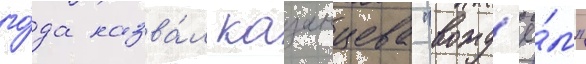
го́да назва́л казанцева "вожд'ё́м"